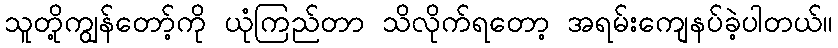
သူတို့ကျွန်တော့်ကို ယုံကြည်တာ သိလိုက်ရတော့ အရမ်းကျေနပ်ခဲ့ပါတယ်။